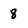
Character: 8